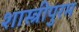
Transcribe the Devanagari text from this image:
शास्त्रीपुरम